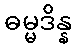
ဓမ္မဒိန္န